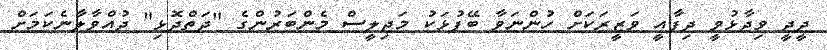
ދީދީ ވިދާޅުވީ ދިފާއީ ވަޒީރަކަށް ހުންނަވާ ބޭފުޅަކު މަޖިލީސް މެންބަރުންގެ "ދަތްދޮޅި" ދުއްވާލާނެކަމަށް